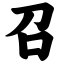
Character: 召